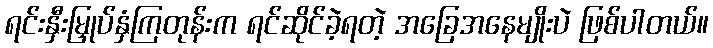
ရင်းနှီးမြှုပ်နှံကြတုန်းက ရင်ဆိုင်ခဲ့ရတဲ့ အခြေအနေမျိုးပဲ ဖြစ်ပါတယ်။